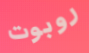
روبوت